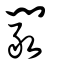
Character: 鬫